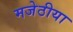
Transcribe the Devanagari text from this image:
मजेठीया